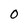
Character: 0